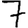
Digit: 7